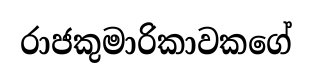
රාජකුමාරිකාවකගේ